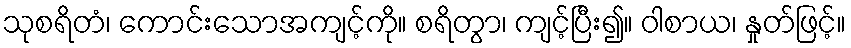
သုစရိတံ၊ ကောင်းသောအကျင့်ကို။ စရိတွာ၊ ကျင့်ပြီး၍။ ဝါစာယ၊ နှုတ်ဖြင့်။